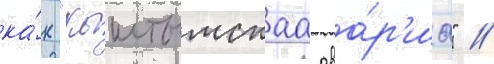
ка́к "кыштымскаа ава́р'иа" //